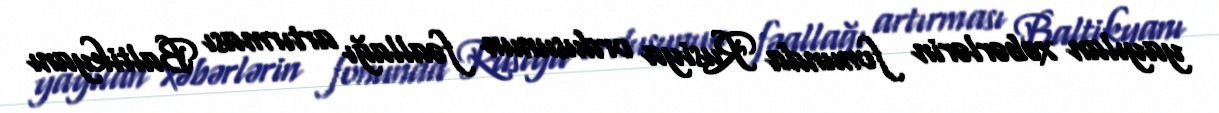
yayılan xəbərlərin fonunda Rusiya ordusunun fəallağı artırması Baltikyanı